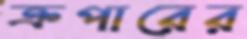
ক্রপারের